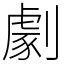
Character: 劇